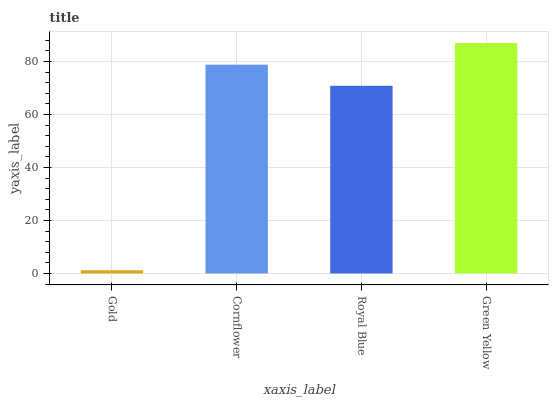
| xaxis_label | bars |
 | --- | --- |
 | Gold | 1.2 |
 | Cornflower | 78.8 |
 | Royal Blue | 70.8 |
 | Green Yellow | 86.9 |